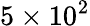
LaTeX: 5\times 10^{2}